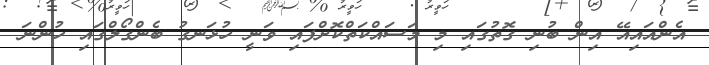
އެންއައިއޭ އިން ބުނި ގޮތުގައި މި މަސައްކަތްކޮށްފައި ވަނީ ހުޅަނގު ބެންގޯލްގައި ހުންނަ